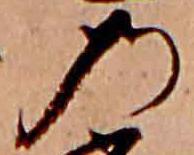
の